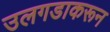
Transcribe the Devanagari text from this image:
उलगडाकरून